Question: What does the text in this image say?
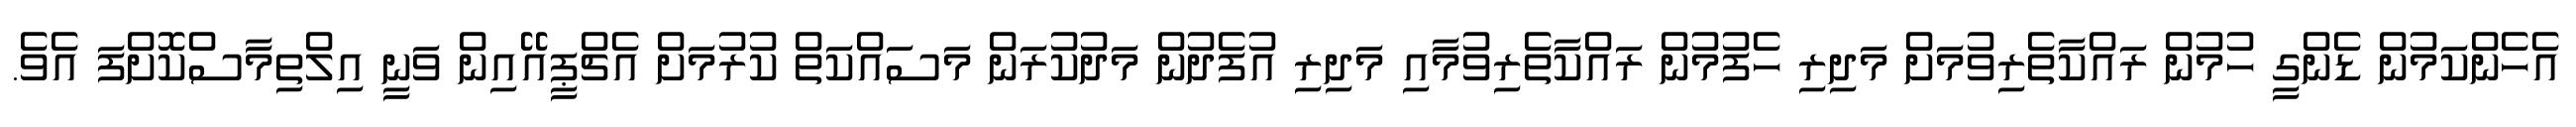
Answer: އެހެންކަމުން ޑެންގީ ހުމުން ރައްކާތެރިވުމަށް މަދިރި ހެފުމުން ރައްކާތެރިވުމާއި މަދިރި އުފެދުން މަދުކުރަން މަސައްކަތް ކުރުމަށް އެޗްޕީއޭއިން ވަނީ އިލްތިމާސްކޮށްފަ އެވެ.